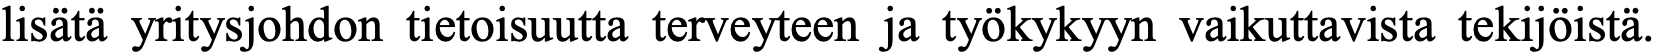
lisätä yritysjohdon tietoisuutta terveyteen ja työkykyyn vaikuttavista tekijöistä.